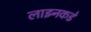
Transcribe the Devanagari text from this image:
लाइनकडे